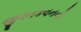
જીવનકવનનો